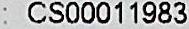
: CS00011983